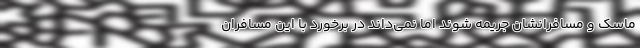
ماسک و مسافرانشان جریمه شوند اما نمی‌داند در برخورد با این مسافران